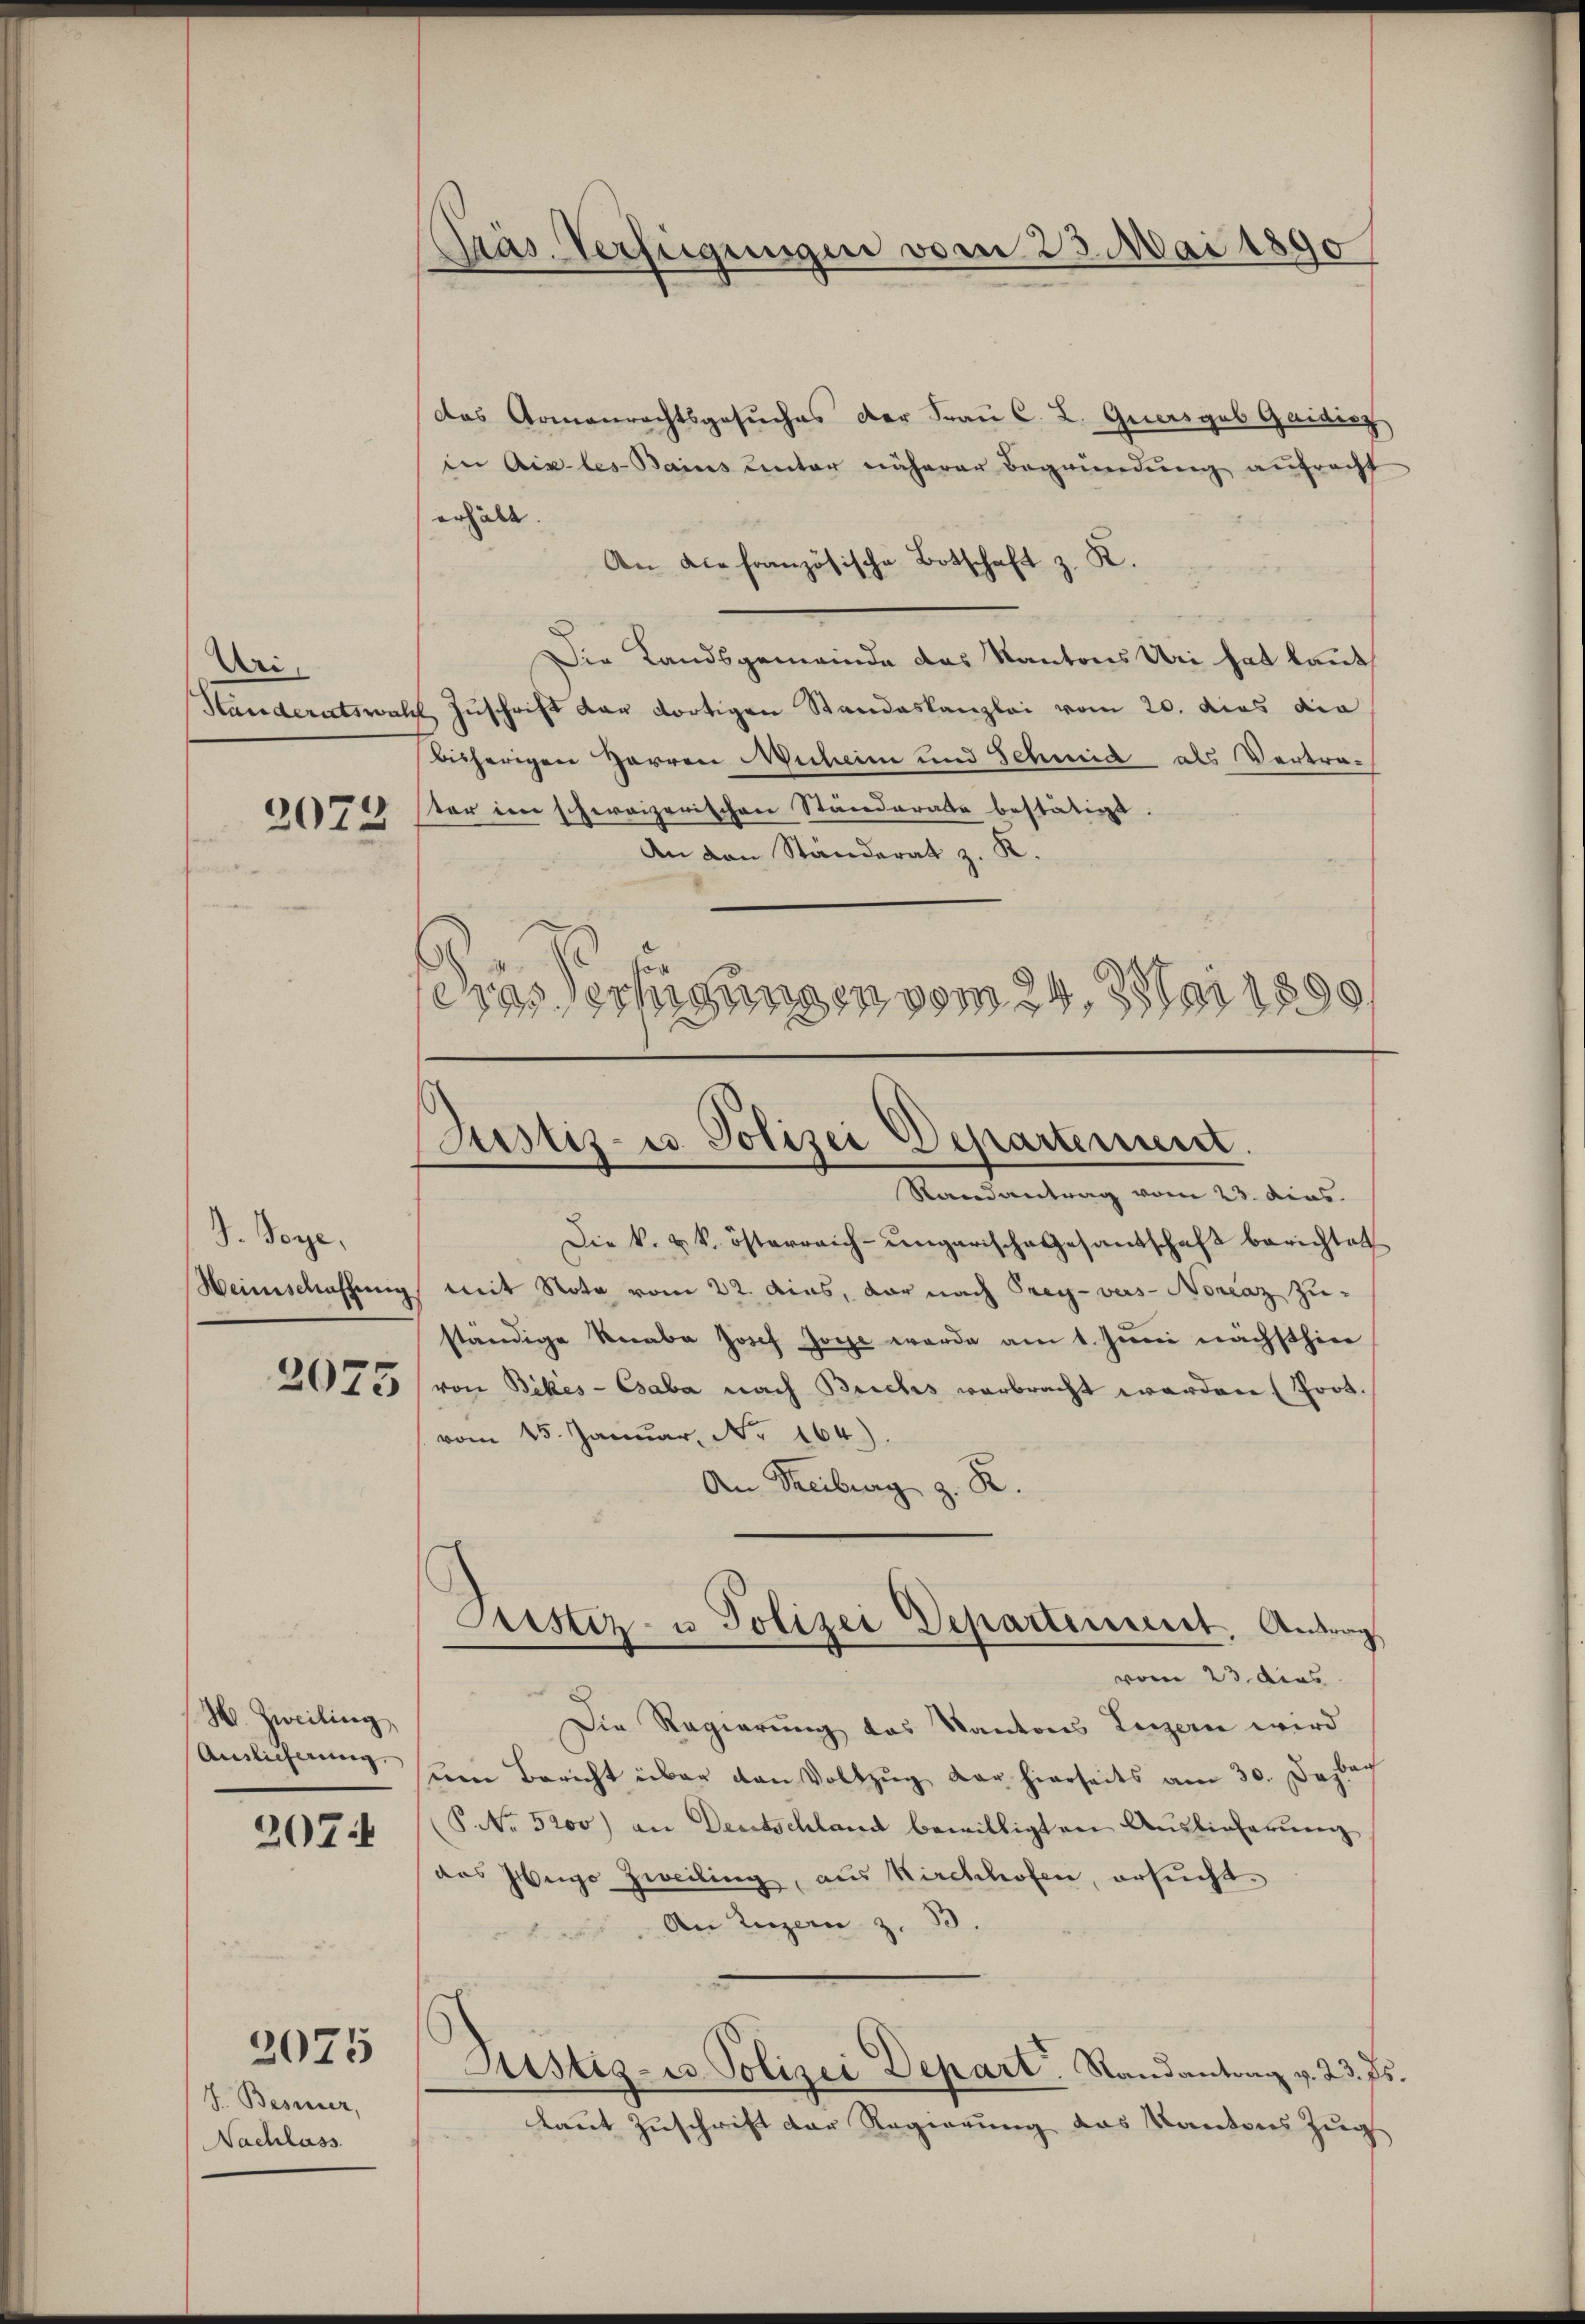
Uri
2072

J. Boge
2075

H. Zweiling
Aislicherung
207

J. Besser,
Nachlass

2075

Präs. Verfügungen vom 23. Mai 1890

das Armenrechtsgesuches der Frau C. L. Quersgab Gaiding
in Aix-les-Bains unter näherer Begründung aufracht
erhälte.
An die französische Botschaft z. K.
Die Landsgemeinde das Kantons Uri hat kannt,
Standeratswahl Zuschrift der dortigen Standeskanzlei vom 20. dies die
bisherigen Harren Michein und Schmid als Vertrater im schweizerischen Ständerate bestätigt.
An von Ständerat z. R.
aas Vertigungen vom 24. 751 1890

Justiz- u Polizei Departement.
Randantrag vom 23. dies

Die k. u. k. österreich-ungarische Gesandschaft berichtet
Heimschaffung mit Nota vom 22. Aias, vor nach Prey-vers-Noraz zu-
ständige Recaba Josef Joche werde am 1. Juni nächsthier
von Bickes - Esaba nach Buchs verbracht werden (Prot.
vom 15. Januar, No 164).
An Streiburg z. R.
vom 23. dies
Die Regierung das Kantons Luzern wird
ŭm Bericht über den Vollzŭg der hierseits am 30. Dezbar
P No. 5200) an Deutschland bewilligten Auslieferung
das Hugo Zweiling, aus Kirchhofen, ersucht
An Luzern z. B.
Justiz- u. Polizei Depart. Randantrag v. 23. ds.
laut Zuschrift der Regierung das Kantons Zug

Justiz- u Polizei Departement. Antrag